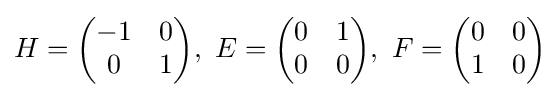
H={\begin{pmatrix}-1&0\\0&1\end{pmatrix}},{\text{ }}E={\begin{pmatrix}0&1\\0&0\end{pmatrix}},{\text{ }}F={\begin{pmatrix}0&0\\1&0\end{pmatrix}}